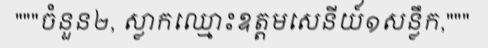
"""ចំនួន២, ស្លាកឈ្មោះឧត្តមសេនីយ៍១សន្លឹក,"""